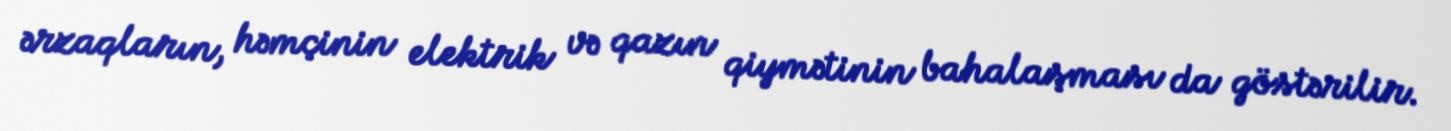
ərzaqların, həmçinin elektrik və qazın qiymətinin bahalaşması da göstərilir.